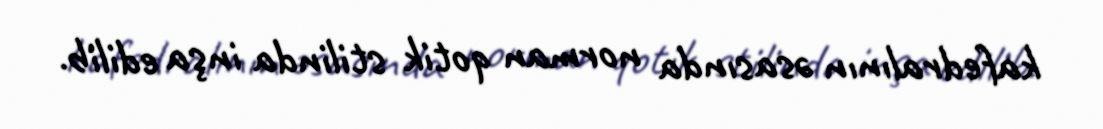
kafedralının əsasında norman qotik stilinda inşa edilib.